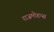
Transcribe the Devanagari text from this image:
राजमोहन्स